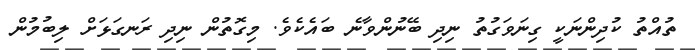
ތުއްތު ކުދިންނަކީ ގިނަވަގުތު ނިދި ބޭނުންވާނެ ބައެކެވެ. މިގޮތުން ނިދި ރަނގަޅަށް ލިބުމުން